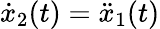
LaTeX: {\dot{x}}_{2}(t)={\ddot{x}}_{1}(t)